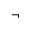
\neg